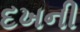
દખની